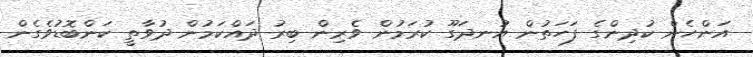
އަންހެން ކުދިންގެ ފަހަތުން އުނދަގޫ ކުރަމުން ވެރިން ބިރު ދައްކަމުން ދުވާތީ ކަންބޮޑުވެގެން